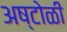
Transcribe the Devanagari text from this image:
अष्टोळी